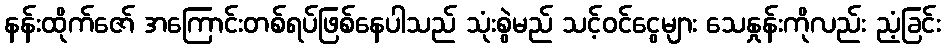
နန်းထိုက်ဇော် အကြောင်းတစ်ရပ်ဖြစ်နေပါသည် သုံးစွဲမည် သင့်ဝင်ငွေများ သေနှုန်းကိုလည်း ညံ့ခြင်း